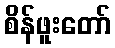
စိန်ဖူးတော်